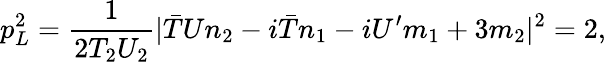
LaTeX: p_{L}^{2}=\frac{1}{2T_{2}U_{2}}|{\bar{T}}Un_{2}-i{\bar{T}}n_{1}-iU^{\prime}m_{1}+3m_{2}|^{2}=2,